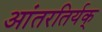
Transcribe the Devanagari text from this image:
आंतरतिर्यक्‌